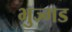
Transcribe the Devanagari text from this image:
भुज्गड